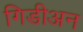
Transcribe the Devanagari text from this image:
गिडीअन